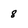
Character: 8